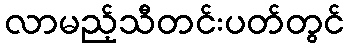
လာမည့်သီတင်းပတ်တွင်